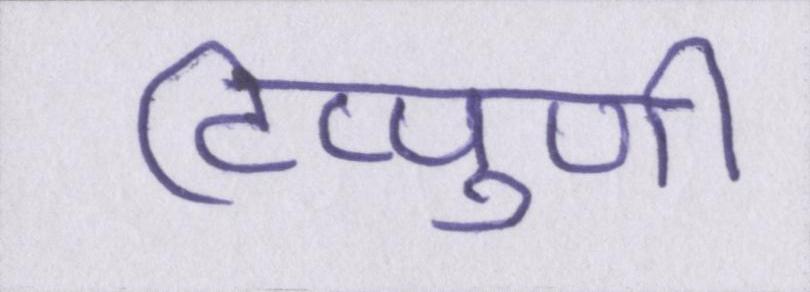
टिप्पुणी